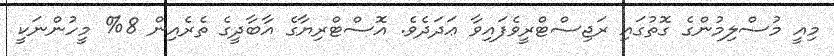
މިއީ މުސްލިމުންގެ ގޮތުގައި ރަޖިސްޓްރީވެފައިވާ ޢަދަދެވެ. އޮސްޓްރިޔާގެ އާބާދީގެ ތެރެއިން 8% މީހުންނަކީ